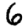
Digit: 6